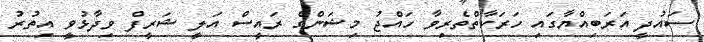
ސައުދީ އަރަބިއްޔާގައި ހަރަަަކާތްތެރިވާ ހައްޖު މިޝަންގެ ރައީސް އަލީ ޝަރީފް ވިދާޅުވީ އިތުރު